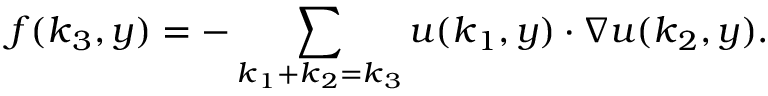
\boldsymbol { f } ( \boldsymbol { k } _ { 3 } , y ) = - \sum _ { \boldsymbol { k } _ { 1 } + \boldsymbol { k } _ { 2 } = \boldsymbol { k } _ { 3 } } \boldsymbol { u } ( \boldsymbol { k } _ { 1 } , y ) \cdot \nabla \boldsymbol { u } ( \boldsymbol { k } _ { 2 } , y ) .